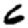
Digit: 6